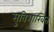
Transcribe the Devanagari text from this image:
सुविशाखित